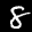
Label: 8